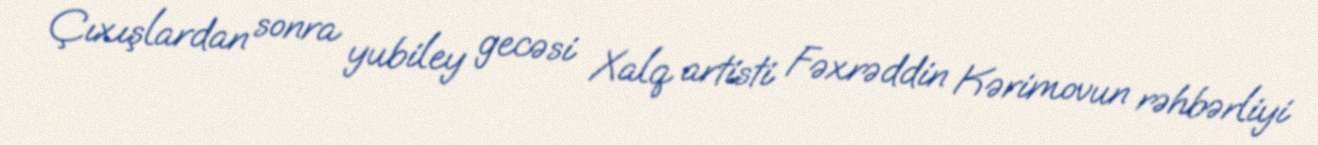
Çıxışlardan sonra yubiley gecəsi Xalq artisti Fəxrəddin Kərimovun rəhbərliyi